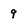
Character: 9